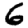
Digit: 6